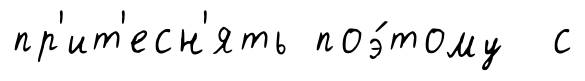
пр'ит'есн'ять поэ́тому с